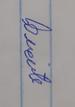
Signature authenticity: genuine